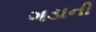
ગડાની